Investigations on Bengal jail dietaries - Number 37
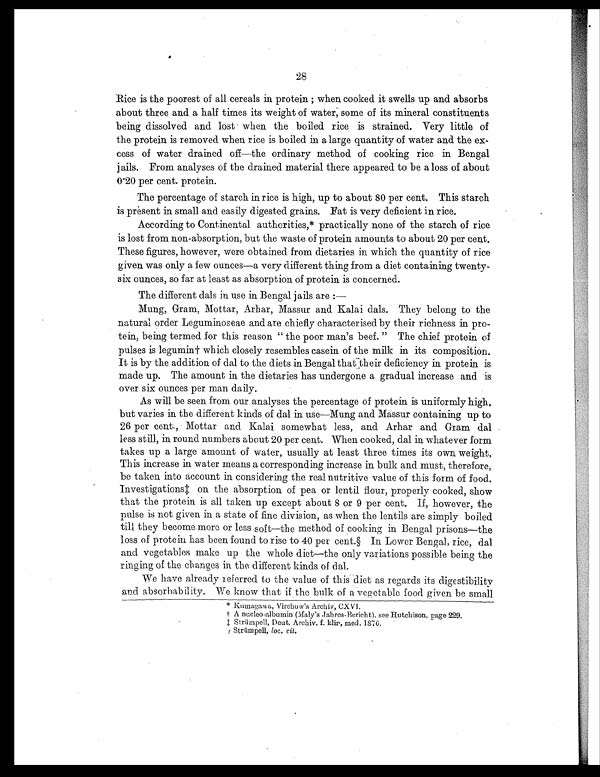
Rice is the poorest of all cereals in protein ; when cooked it swells up and absorbs
about three and a half times its weight of water, some of its mineral constituents
being dissolved and lost when the boiled rice is strained. Very little of
the protein is removed when rice is boiled in a large quantity of water and the ex-
cess of water drained off—the ordinary method of cooking rice in Bengal
jails. From analyses of the drained material there appeared to be a loss of about
0.20 per cent. protein.
The percentage of starch in rice is high, up to about 80 per cent. This starch
is present in small and easily digested grains. Fat is very deficient in rice.
According to Continental authorities,* practically none of the starch of rice
is lost from non-absorption, but the waste of protein amounts to about 20 per cent.
These figures, however, were obtained from dietaries in which the quantity of rice
given was only a few ounces—a very different thing from a diet containing twenty-
six ounces, so far at least as absorption of protein is concerned.
The different dals in use in Bengal jails are :
—
Mung, Gram, Mottar, Arhar, Massur and Kalai dals. They belong to the
natural order Leguminoseae and are chiefly characterised by their richness in pro-
tein, being termed for this reason " the poor man's beef. " The chief protein of
pulses is legumin† which closely resembles casein of the milk in its composition.
It is by the addition of dal to the diets in Bengal that their deficiency in protein is
made up. The amount in the dietaries has undergone a gradual increase and is
over six ounces per man daily.
As will be seen from our analyses the percentage of protein is uniformly high,
but varies in the different kinds of dal in use—Mung and Massur containing up to
26 per cent., Mottar and Kalai somewhat less, and Arhar and Gram dal
less still, in round numbers about 20 per cent. When cooked, dal in whatever form
takes up a large amount of water, usually at least three times its own weight,
This increase in water means a corresponding increase in bulk and must, therefore,
be taken into account in considering the real nutritive value of this form of food.
Investigations‡ on the absorption of pea or lentil flour, properly cooked, show
that the protein is all taken up except about 8 or 9 per cent. If, however, the
pulse is not given in a state of fine division, as when the lentils are simply boiled
till they become more or less soft—the method of cooking in Bengal prisons—the
loss of protein has been found to rise to 40 per cent.§ In Lower Bengal, rice, dal
and vegetables make up the whole diet—the only variations possible being the
ringing of the changes in the different kinds of dal.
We have already referred to the value of this diet as regards its digestibility
and absorbability. We know that if the bulk of a vegetable food given be small
* K u m a g a w a , V i r c h o w ' s A r c h i v , C X V I .
† A n u c l e o - a l b u m i n ( M a l y ' s J a h r e s - B e r i c h t ) , s e e H u t c h i s o n , p a g e 2 2 9 .
‡ Strümpell, Deut. Archiv. f. klir, med. 1876.
§
S t r ü m p e l l , l o c . c i t .